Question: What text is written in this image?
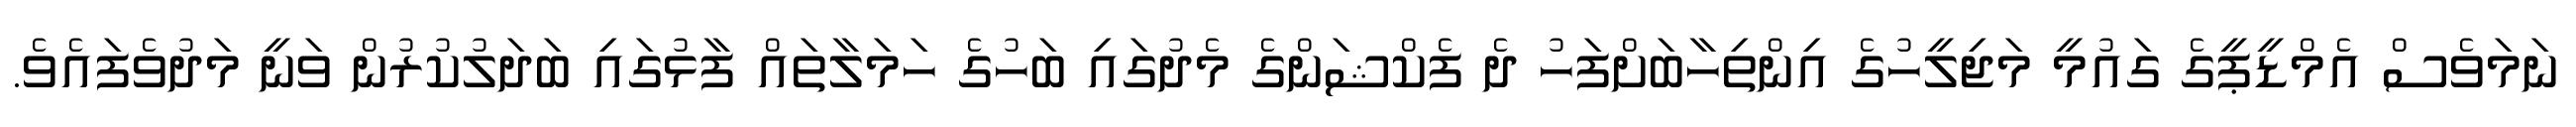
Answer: ނަމަވެސް އެމްޑީޕީގެ ގައުމީ މަޖިލީހުގެ އިންތިހާބަށްފަހު ދެ ފެކްޝަންގެ މެދުގައި ބަހުގެ ހަމަލާތައް ފާޅުގައި ބަދަލުކުރުން ވަނީ މަދުވެފައެވެ.